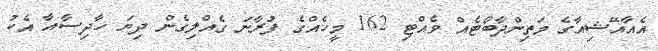
އެއާއޭޝިއާގެ މަތިންދާބޯޓެއް ވެއްޓި 162 މީހެއްގެ ފުރާނަ ގެއްލިގެން ދިޔަ ހާދިސާއާ އެކު